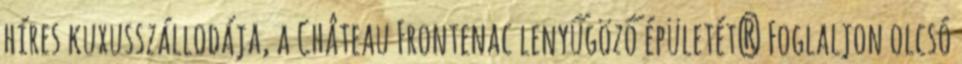
híres kuxusszállodája, a Château Frontenac lenyűgöző épületét? Foglaljon olcsó